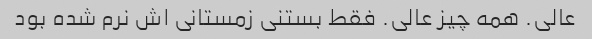
عالی. همه چیز عالی. فقط بستنی زمستانی اش نرم شده بود